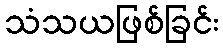
သံသယဖြစ်ခြင်း